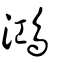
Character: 鴻